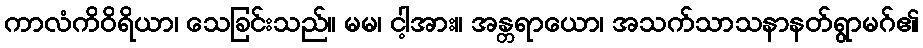
ကာလံကိဝိရိယာ၊ သေခြင်းသည်။ မမ၊ ငါ့အား။ အန္တရာယော၊ အသက်သာသနာနတ်ရွာမဂ်၏